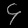
Digit: ၄